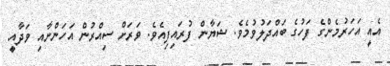
އެއީ އަހަރުމެންގެ ފަހުގެ ބައްދަލުވުމެވެ. ޝަޔާން ފުރައިފިއެވެ. ވަރަށް ސިއްރުން އަހަންނާއި ވަދާއީ